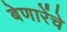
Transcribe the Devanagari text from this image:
बेणारेंचे